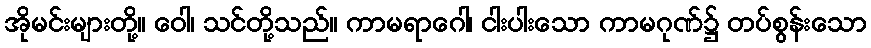
အိုမင်းများတို့။ ဝေါ၊ သင်တို့သည်။ ကာမရာဂေါ၊ ငါးပါးသော ကာမဂုဏ်၌ တပ်စွန်းသော